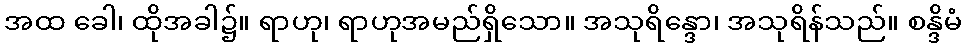
အထ ခေါ၊ ထိုအခါ၌။ ရာဟု၊ ရာဟုအမည်ရှိသော။ အသုရိန္ဒော၊ အသုရိန်သည်။ စန္ဒိမံ